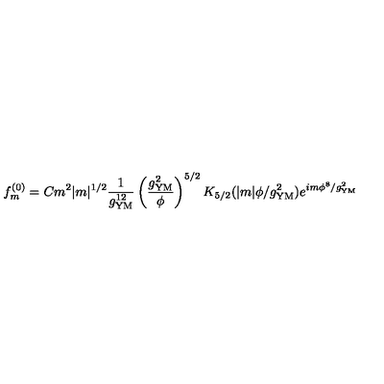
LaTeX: f _ { m } ^ { ( 0 ) } = C m ^ { 2 } | m | ^ { 1 / 2 } \frac { 1 } { g _ { \mathrm { Y M } } ^ { 1 2 } } \left( \frac { g _ { \mathrm { Y M } } ^ { 2 } } { \phi } \right) ^ { 5 / 2 } K _ { 5 / 2 } ( | m | \phi / g _ { \mathrm { Y M } } ^ { 2 } ) e ^ { i m \phi ^ { 8 } / g _ { \mathrm { Y M } } ^ { 2 } }